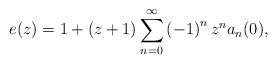
LaTeX: \begin{align*}e(z)=1+\left( z+1\right) \sum_{n=0}^{\infty}\left( -1\right) ^{n}z^{n}a_{n}(0), \end{align*}